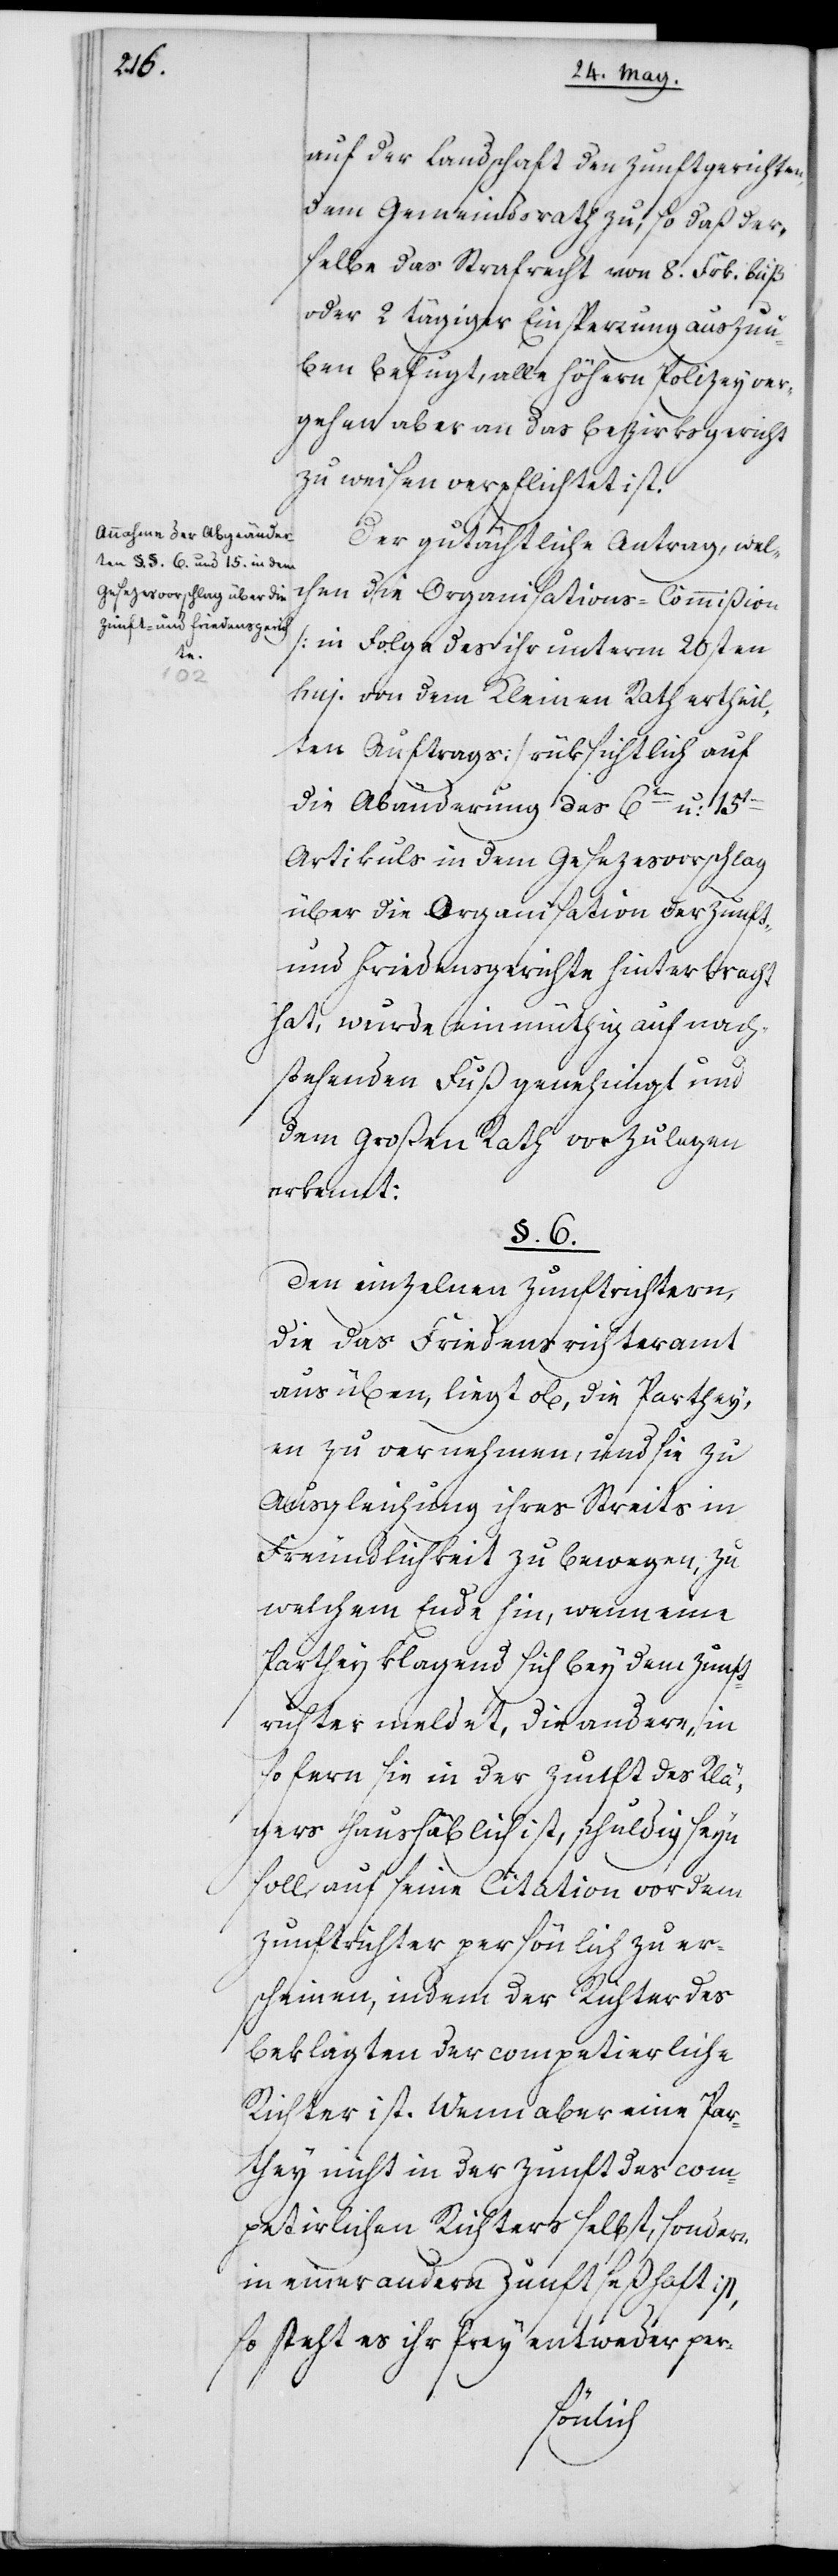
auf der Landschaft den Zunftgerichten,
dem Gemeindsrath zu, so daß der¬
selbe das Strafrecht von 8. Frk. Buß
oder 2 tägiger Einsperrung auszuü¬
ben befugt, alle höhern Polizeyver¬
gehen aber an das Bezirksgericht
zu weisen verpflichtet ist.
Der gutächtliche Antrag, wel¬
chen die Organisations-Commißion
(in Folge des ihr unterm 20sten
huj. von dem Kleinen Rath ertheil¬
ten Auftrags) rüksichtlich auf
die Abänderung des 6ten u: 15ten
Artikuls in dem Gesezesvorschlag
über die Organisation der Zunft-
und Friedensgerichte hinterbracht
hat, wurde einmüthig auf nach¬
stehenden Fuß genehmigt und
dem Großen Rath vorzulegen
erkennt:
§. 6.
Den einzelnen Zunftrichtern,
die das Friedensrichteramt
ausüben, liegt ob, die Parthey¬
en zu vernehmen und sie zu
Ausgleichung ihres Streits in
Freundlichkeit zu bewegen, zu
welchem Ende hin, wenn eine
Parthey klagend sich bey dem Zunft¬
richter meldet, die andere, in
so fern sie in der Zunft des Klä¬
gers haushäblich ist, schuldig seyn
soll, auf seine Citation vor dem
Zunftrichter persönlich zu er¬
scheinen, indem der Richter des
Beklagten der competierliche
Richter ist. Wenn aber eine Par¬
they nicht in der Zunft des com¬
petierlichen Richters selbst, sondern
in einer andern Zunft seßhaft ist,
so steht es ihr frey entweder per-